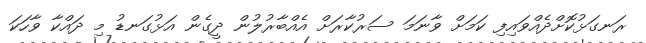
ރަނގަޅުކޮށްދެއްވައިފި ކަމަށް ވާނަމަ ސަރުކާރަށް އެއްބާރުލުން ދީގެން އަޅުގަނޑު މި ދައްކާ ވާހަކަ